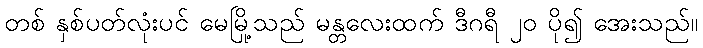
တစ် နှစ်ပတ်လုံးပင် မေမြို့သည် မန္တလေးထက် ဒီဂရီ ၂၀ ပို၍ အေးသည်။